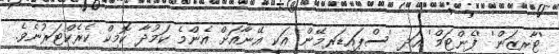
'ޓާރޒަން' 'ފެންޓަމް' އަދި 'ސްޕައިޑަރމޭން' އަކީ އޭނާއަށް އެންމެ ކަމުދާ ކޮމިކް ކެރެކްޓަރުނެވެ.